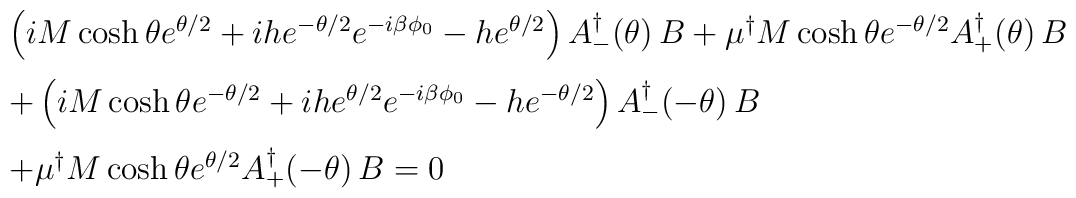
\begin{array}{ll}&\left(i M\cosh\theta e^{\theta/2} + i h e^{-\theta/2}e^{-i\beta\phi_0} - h e^{\theta/2}\right)A_{-}^\dagger (\theta)\, B +\mu^\dagger  M\cosh\theta e^{-\theta/2}A_+ ^\dagger (\theta)\, B \\[3mm]&+ \left(i M\cosh\theta e^{-\theta/2} + ih e^{\theta/2}e^{-i\beta\phi_0} - h e^{-\theta/2}\right)A_{-}^\dagger (-\theta)\, B \\[3mm]&+\mu^\dagger  M\cosh\theta e^{\theta/2}A_+ ^\dagger (-\theta)\, B = 0 \end{array}